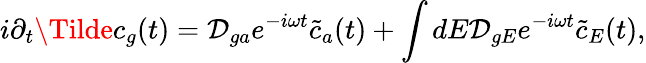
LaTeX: i\partial_{t}\Tilde{c}_{g}(t)=\mathcal{D}_{ga}e^{-i\omega t}\tilde{c}_{a}(t)+\int dE\mathcal{D}_{gE}e^{-i\omega t}\tilde{c}_{E}(t),